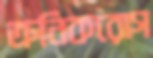
ক্রনিকরোগ